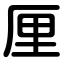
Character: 厘